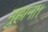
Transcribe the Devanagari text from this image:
मुहाना।